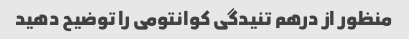
منظور از درهم تنیدگی کوانتومی را توضیح دهید